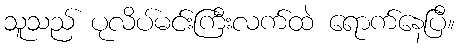
သူသည် ပုလိပ်မင်းကြီးလက်ထဲ ရောက်နေပြီ။